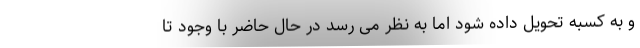
و به کسبه تحویل داده شود اما به نظر می رسد در حال حاضر با وجود تا